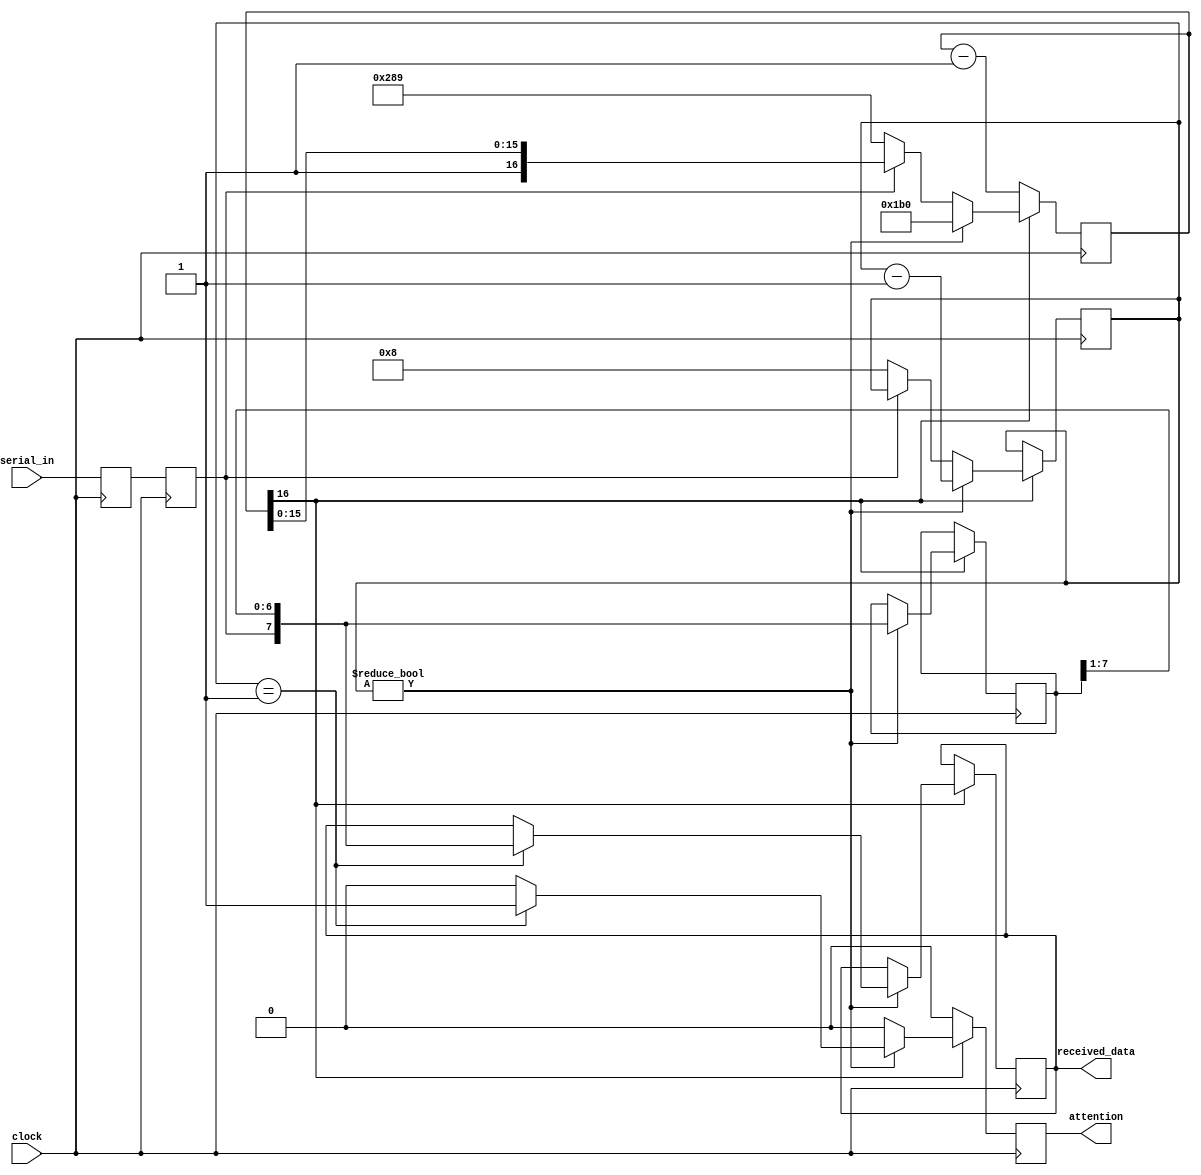
module rs232in
   (
    input  wire        clock,
    input  wire        serial_in,
    output reg         attention = 0,
    output reg   [7:0] received_data = 0);
   parameter           bps        =     57_600;
   parameter           frequency  = 25_000_000;
   parameter           period     = (frequency + bps/2) / bps;
   reg  [16:0] ttyclk       = 0;
   wire [31:0] ttyclk_bit   = period - 2;
   wire [31:0] ttyclk_start = (3 * period) / 2 - 2;
   reg  [ 7:0] shift_in     = 0;
   reg  [ 4:0] count        = 0;
   reg         rxd          = 0;
   reg         rxd2         = 0;
   always @(posedge clock) begin
      attention <= 0;
      {rxd2,rxd} <= {rxd,serial_in};
      if (~ttyclk[16]) begin
         ttyclk <= ttyclk - 1'd1;
      end else if (count) begin
         if (count == 1) begin
            received_data <= {rxd2, shift_in[7:1]};
            attention     <= 1;
         end
         count       <= count - 1'd1;
         shift_in    <= {rxd2, shift_in[7:1]}; 
         ttyclk      <= ttyclk_bit[16:0];
      end else if (~rxd2) begin
         ttyclk      <= ttyclk_start[16:0];
         count       <= 8;
      end
   end
endmodule